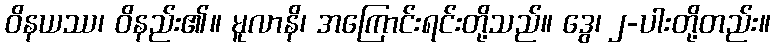
ဝိနယဿ၊ ဝိနည်း၏။ မူလာနိ၊ အကြောင်းရင်းတို့သည်။ ဒွေ၊ ၂-ပါးတို့တည်း။